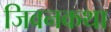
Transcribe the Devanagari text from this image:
जिवनकथा